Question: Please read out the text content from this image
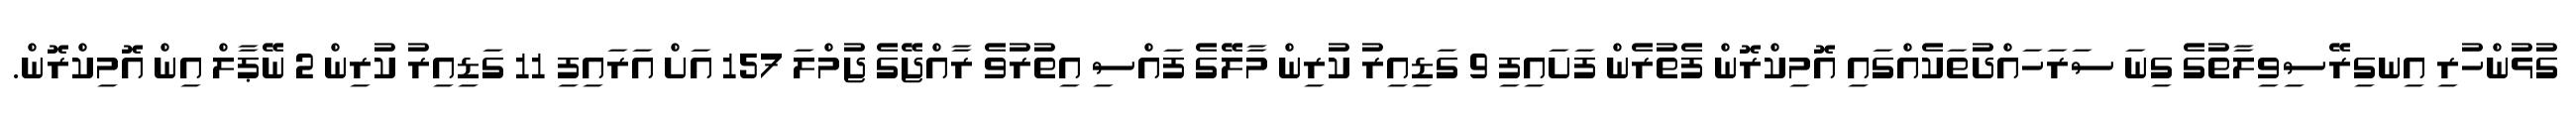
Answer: ގުޅުންހުރި އިނގިރޭސިވިލާތުގެ ގިނަ ސަރަހައްދުތަކެއްގައި އޮމިކްރޮން ފެތުރެން ފަށައިފި 9 ގަޑިއިރު ކުރިން މާލޭގެ ފައްސި އިތުރުވެ ރާއްޖޭގެ ޖުމްލަ 157 އަށް އަރައިފި 11 ގަޑިއިރު ކުރިން 2 ނޭޕާލް އިން އޮމިކްރޮން.